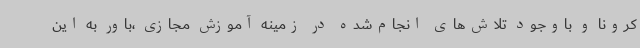
کرونا و باوجود تلاش‌های انجام‌شده در زمینه آموزش مجازی ،باور به این